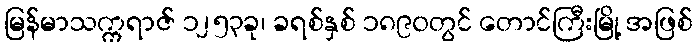
မြန်မာသက္ကရာဇ် ၁၂၅၃ခု၊ ခရစ်နှစ် ၁၈၉၀တွင် တောင်ကြီးမြို့ အဖြစ်